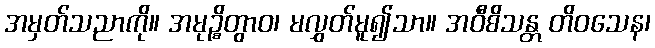
အမှတ်သညာကို။ အမုဉ္စိတွာဝ၊ မလွှတ်မူ၍သာ။ အဝီစိသန္တ တိဝသေန၊